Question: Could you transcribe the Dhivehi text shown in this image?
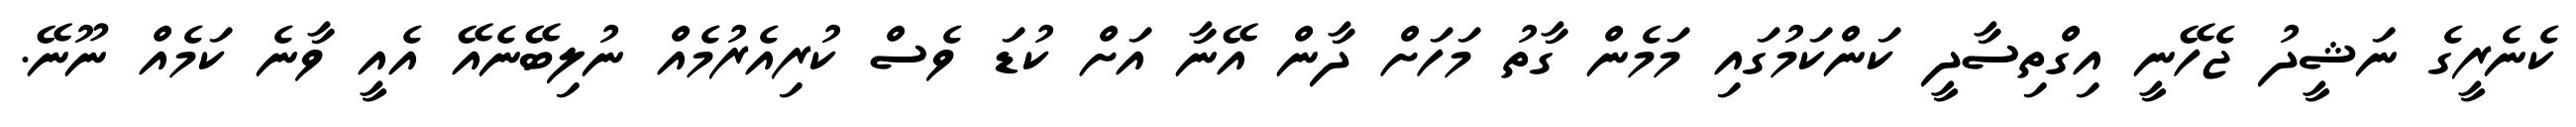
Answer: ކެނެރީގެ ނަޝީދު ޖެހޭނީ އިގްތިސާދީ ކަންކަމުގައި މަމެން ގާތު މަހަށް ދާން އޭނާ އަށް ކުޑަ ވެސް ކުރިއެރުމެއް ނުލިބޭނެއޭ އެއީ ވާނެ ކަމެއް ނޫނޭ.